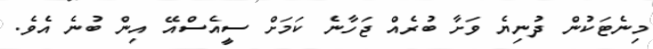
މިނެޓަކުން ދުނިޔެ ވަށާ ބުރެއް ޖަހާނެ ކަމަށް ސީއެސްއޭ އިން ބުނެ އެވެ.